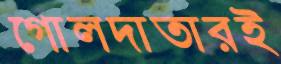
গোলদাতারই